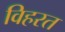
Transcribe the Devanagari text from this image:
विहरत